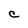
Character: C